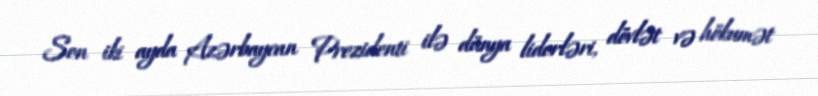
Son iki ayda Azərbaycan Prezidenti ilə dünya liderləri, dövlət və hökumət